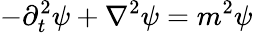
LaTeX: -\partial_{t}^{2}\psi+\nabla^{2}\psi=m^{2}\psi